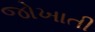
જોખાતી